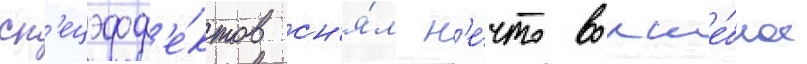
сп'ецэфф'е́ктов сн'я́л н'е́что волше́бное